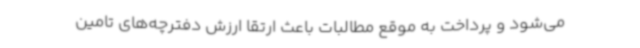
می‌شود و پرداخت به موقع مطالبات باعث ارتقا ارزش دفترچه‌های تامین